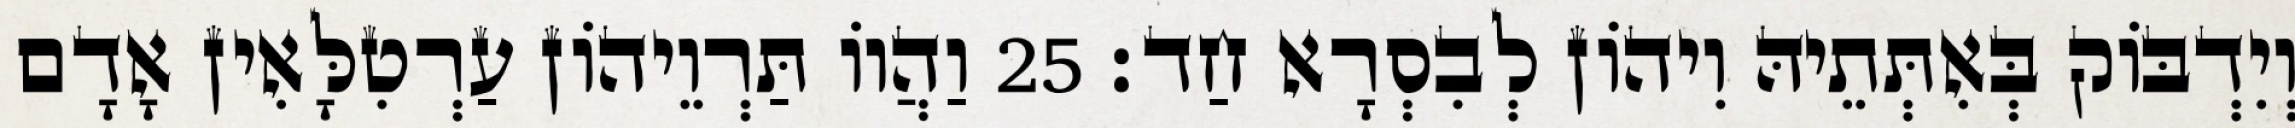
וְיִדְבּוֹק בְּאִתְּתֵיהּ וִיהוֹן לְבִסְרָא חַד׃ 25 וַהֲווֹ תַּרְוֵיהוֹן עַרְטִלָּאִין אָדָם